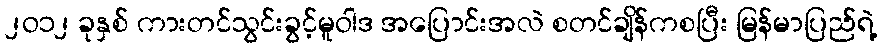
၂ဝ၁၂ ခုနှစ် ကားတင်သွင်းခွင့်မူဝါဒ အပြောင်းအလဲ စတင်ချိန်ကစပြီး မြန်မာပြည်ရဲ့